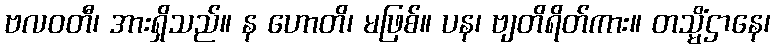
ဗလဝတီ၊ အားရှိသည်။ န ဟောတိ၊ မဖြစ်။ ပန၊ ဗျတိရိတ်ကား။ တသ္မိံဌာနေ၊